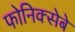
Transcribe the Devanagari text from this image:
फोनिक्सेबे